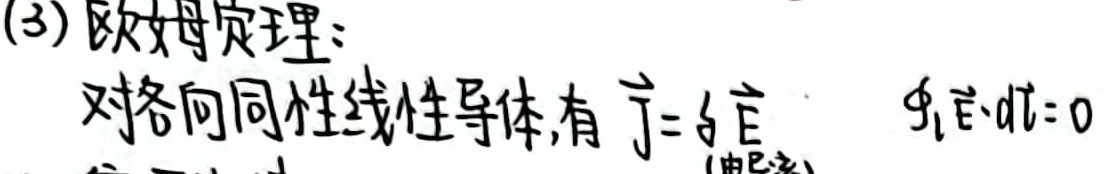
欧姆定理：对各向同性线性导体，有
\[
\vec{J}=\sigma\vec{E} ，\oint_{L} \vec{E} \cdot d\vec{l}=0
\]